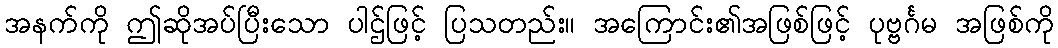
အနက်ကို ဤဆိုအပ်ပြီးသော ပါဌ်ဖြင့် ပြသတည်း။ အကြောင်း၏အဖြစ်ဖြင့် ပုဗ္ဗင်္ဂမ အဖြစ်ကို